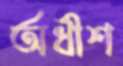
অধীশ